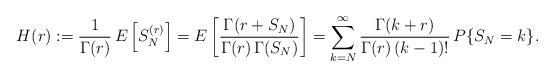
LaTeX: \begin{align*}H(r) := \frac{1}{\Gamma(r)} \, E\left[S_N^{(r)}\right] = E\left[\frac{\Gamma(r + S_N)}{\Gamma(r) \, \Gamma(S_N)}\right]= \sum_{k = N}^{\infty} \frac{\Gamma(k + r)}{\Gamma(r) \, (k-1)!} \, P\{S_N = k\}.\end{align*}